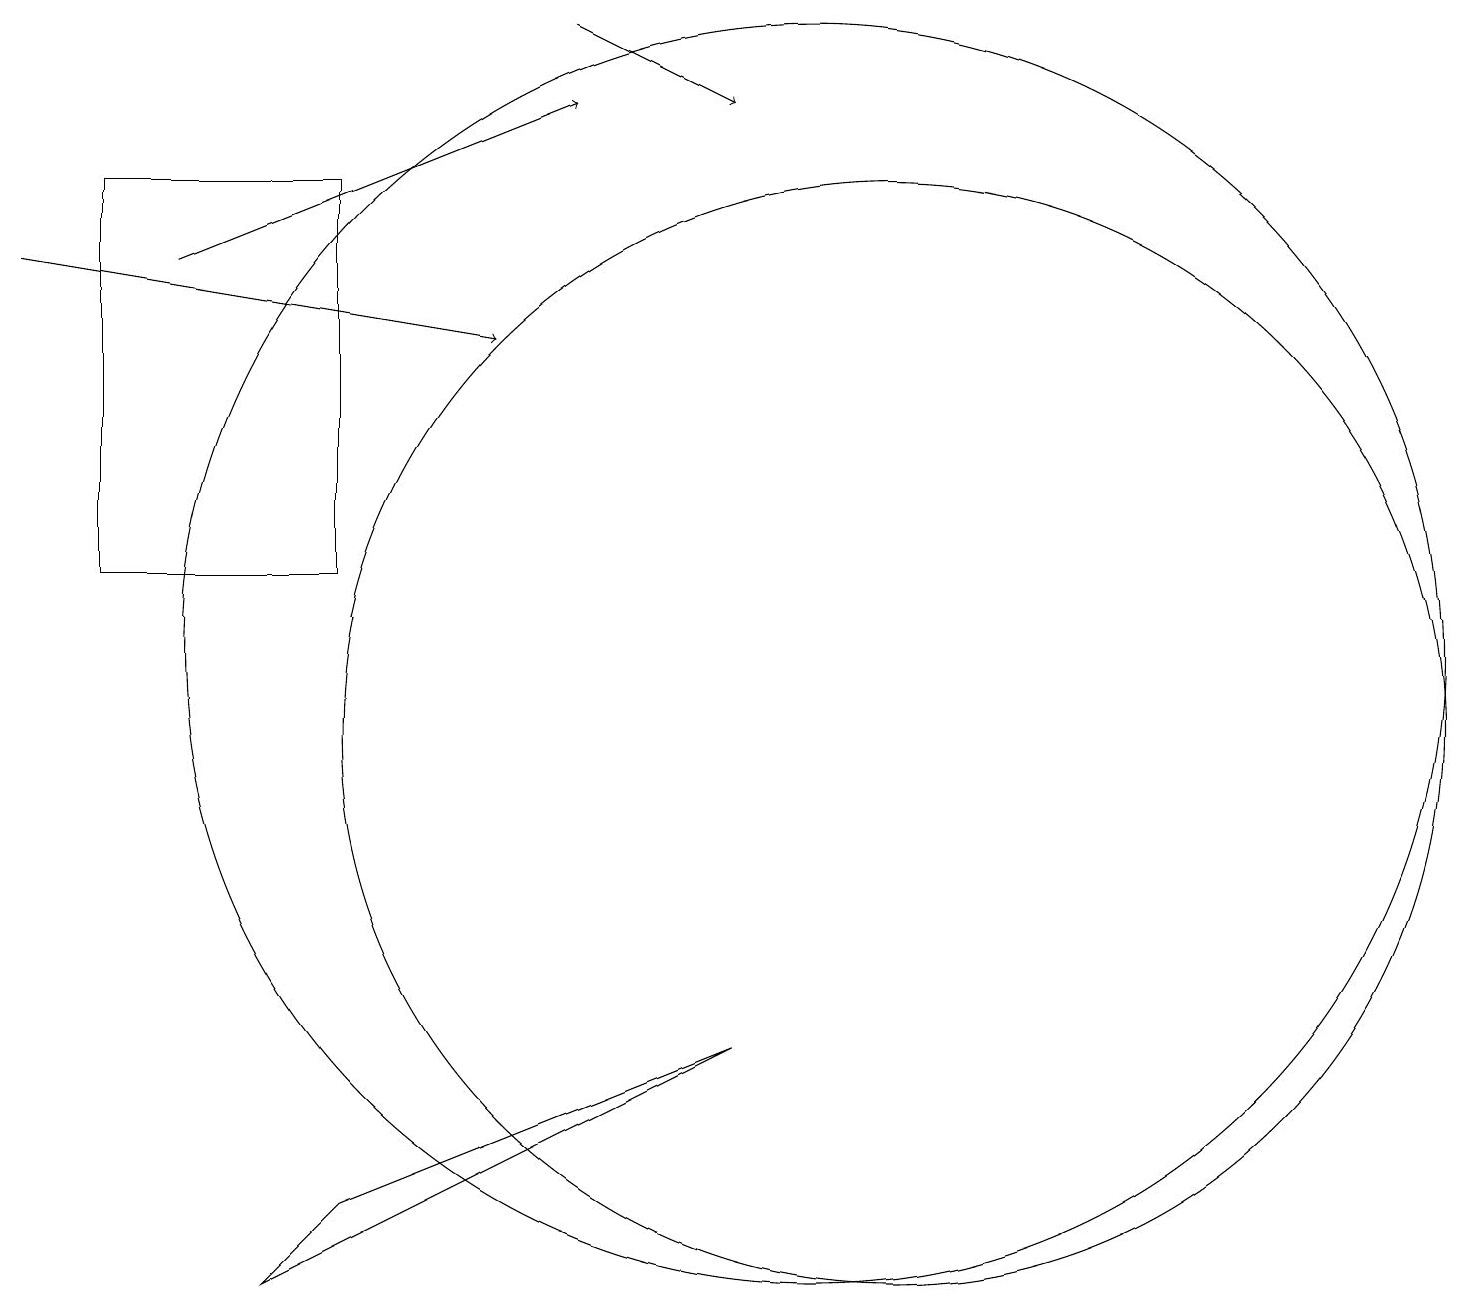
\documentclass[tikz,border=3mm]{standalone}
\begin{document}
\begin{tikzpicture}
\draw[->] (0,16) -- (6,15);
\draw (4,12) rectangle (1,17);
\draw (11,10) circle (7);
\draw[->] (7,19) -- (9,18);
\draw[->] (2,16) -- (7,18);
\draw (4,4) -- (3,3) -- (9,6) -- cycle;
\draw (10,11) circle (8);
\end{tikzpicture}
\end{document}